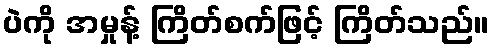
ပဲကို အမှုန့် ကြိတ်စက်ဖြင့် ကြိတ်သည်။